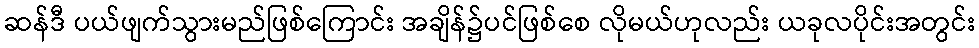
ဆန်ဒီ ပယ်ဖျက်သွားမည်ဖြစ်ကြောင်း အချိန်၌ပင်ဖြစ်စေ လိုမယ်ဟုလည်း ယခုလပိုင်းအတွင်း